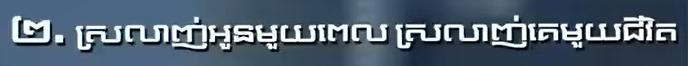
២. ស្រលាញ់អូនមួយពេល ស្រលាញ់គេមួយជីវិត